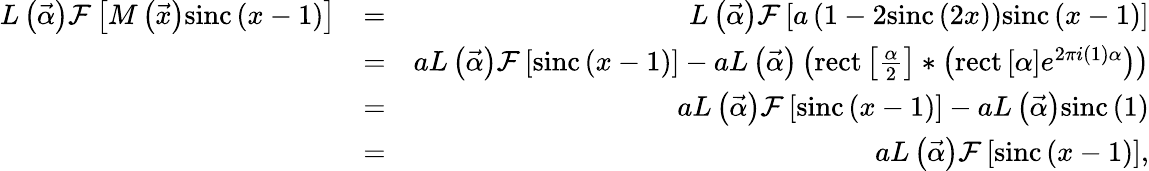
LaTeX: \begin{array}{rlr}{L\left(\vec{\alpha}\right)\mathcal{F}\left[M\left(\vec{x}\right)\mathrm{sinc}\left(x-1\right)\right]}&{=}&{L\left(\vec{\alpha}\right)\mathcal{F}\left[a\left(1-2\mathrm{sinc}\left(2x\right)\right)\mathrm{sinc}\left(x-1\right)\right]}\\ &{=}&{aL\left(\vec{\alpha}\right)\mathcal{F}\left[\mathrm{sinc}\left(x-1\right)\right]-aL\left(\vec{\alpha}\right)\left(\mathrm{rect}\left[\frac{\alpha}{2}\right]\ast\left(\mathrm{rect}\left[\alpha\right]e^{2\pi i\left(1\right)\alpha}\right)\right)}\\ &{=}&{aL\left(\vec{\alpha}\right)\mathcal{F}\left[\mathrm{sinc}\left(x-1\right)\right]-aL\left(\vec{\alpha}\right)\mathrm{sinc}\left(1\right)}\\ &{=}&{aL\left(\vec{\alpha}\right)\mathcal{F}\left[\mathrm{sinc}\left(x-1\right)\right],}\end{array}